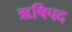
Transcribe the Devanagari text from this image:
ऋषिपद